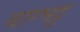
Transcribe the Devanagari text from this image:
बाग्भट्ट